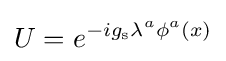
U=e^{-ig_{\text{s}}\lambda ^{a}\phi ^{a}(x)}